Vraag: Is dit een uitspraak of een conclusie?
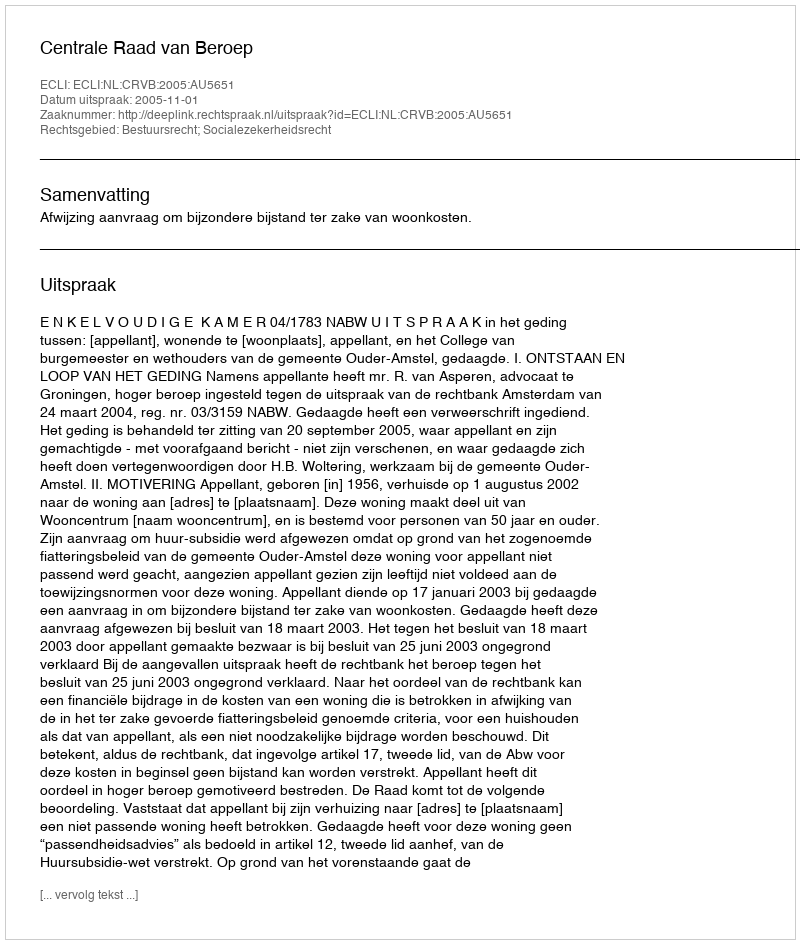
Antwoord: Uitspraak